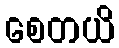
စေတယိ